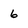
Character: 6